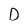
Character: D